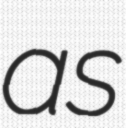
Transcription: as